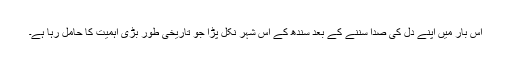
اس بار میں اپنے دل کی صدا سننے کے بعد سندھ کے اس شہر نکل پڑا جو تاریخی طور بڑی اہمیت کا حامل رہا ہے۔